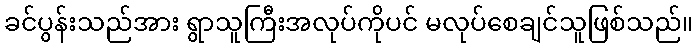
ခင်ပွန်းသည်အား ရွာသူကြီးအလုပ်ကိုပင် မလုပ်စေချင်သူဖြစ်သည်။